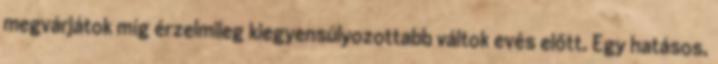
megvárjátok míg érzelmileg kiegyensúlyozottabb váltok evés előtt. Egy hatásos,